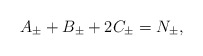
\begin{align*}A_{\pm}+B_{\pm}+2C_{\pm}=N_{\pm},\end{align*}